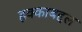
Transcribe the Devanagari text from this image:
हक्काबद्दल